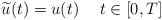
LaTeX: \begin{align*} \widetilde{u}(t)=u(t)\quad\; t\in [0,T]\end{align*}